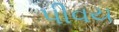
પીવય